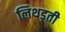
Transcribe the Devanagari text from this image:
लिथड़ती